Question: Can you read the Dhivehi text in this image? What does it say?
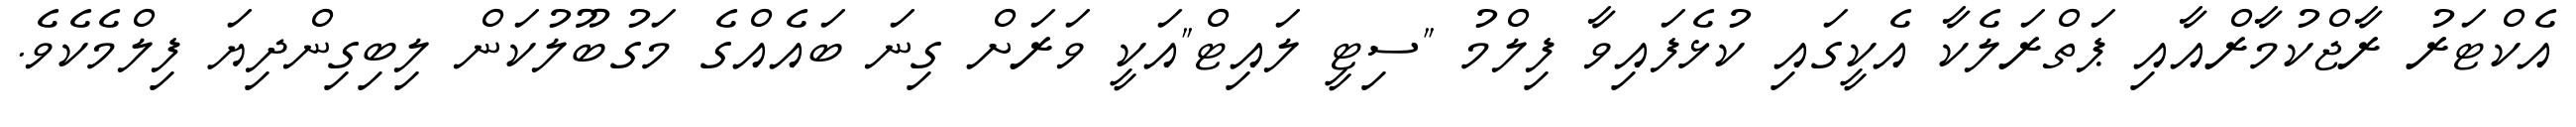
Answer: އެކްޓަރު ރާޖްކުމާރްއާއި ޕަތްރަލެކާ އެކީގައި ކުޅެފައިވާ ފިލްމު "ސިޓީ ލައިޓް"އަކީ ވަރަށް ގިނަ ބައެއްގެ މަގުބޫލުކަން ލިބިގިންދިޔަ ފިލްމެކެވެ.